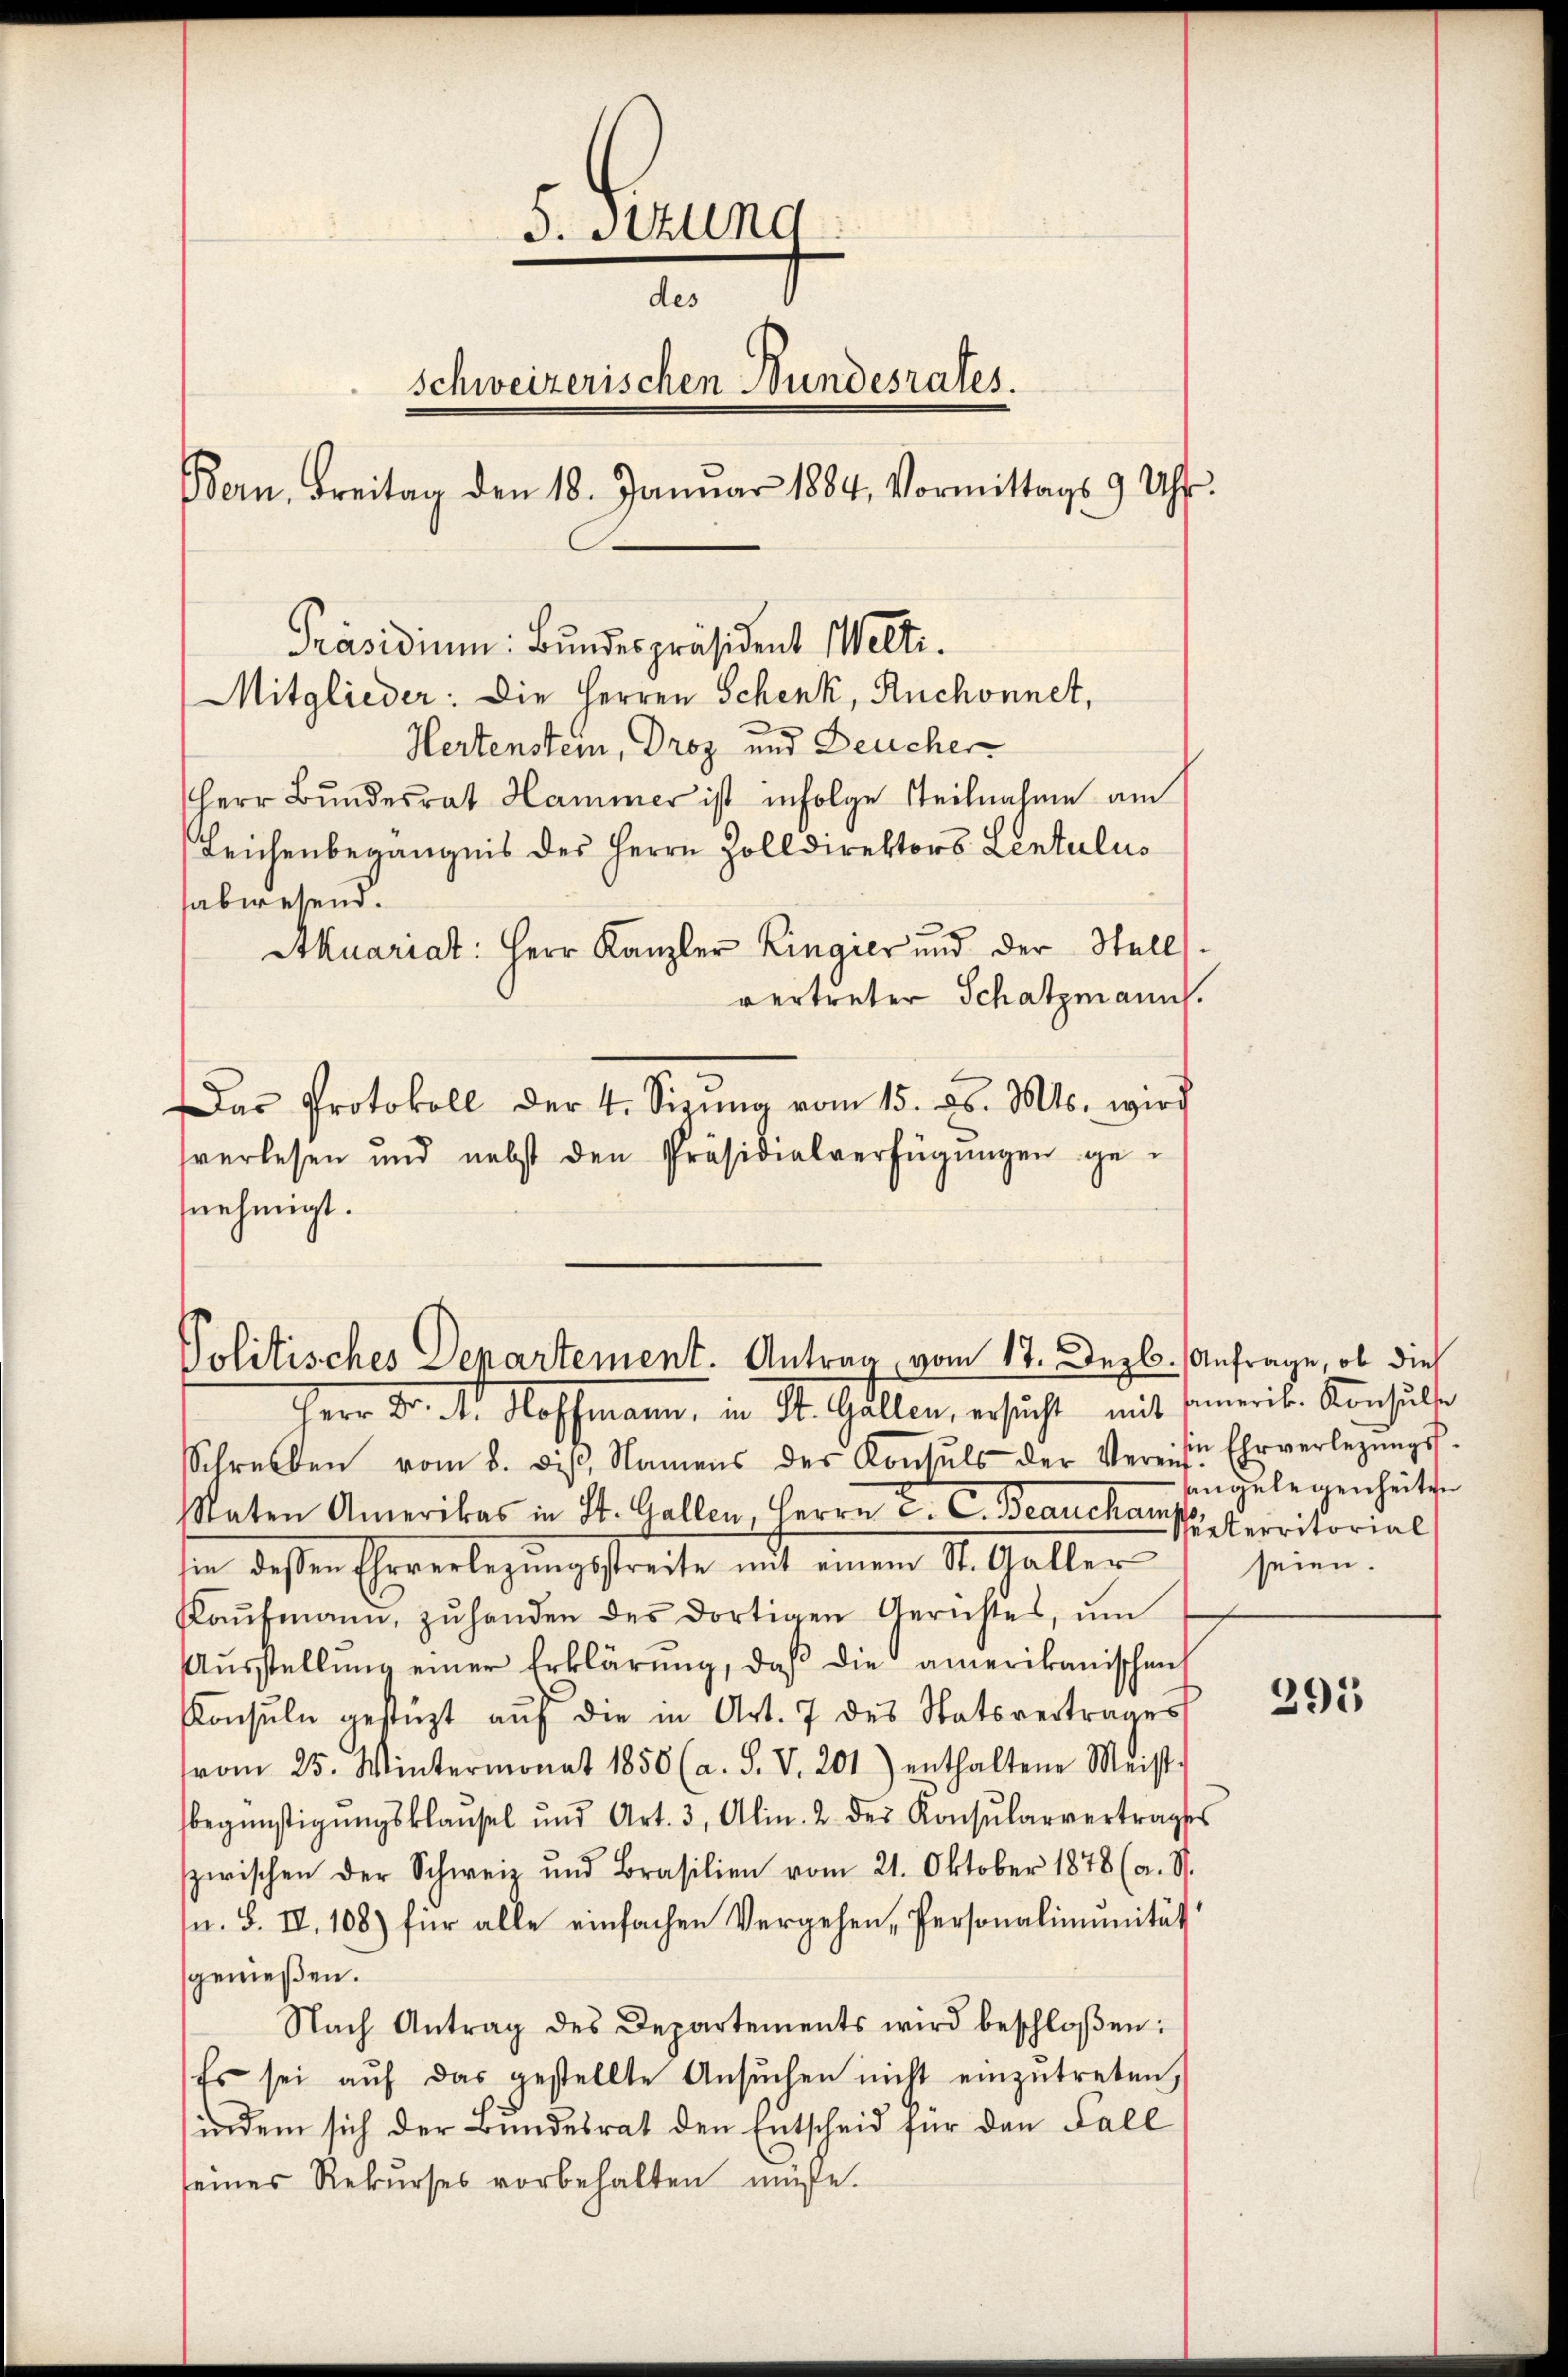
S. Stund
des
Schweizerischen Bundesrates.
Bern. Freitag den 18. Januar 1884, Vormittags 9 Uhr.
Präsidium: Bundespräsident Welti.
Mitglieder: Die Herren Schenk, Ruchonnet,
Hertenstein, Droz und Deucher
Herr Bundesrat Hammer ist infolge Teilnahme am
Leichenbegängnis des Herrn Zolldirektors Lentulus
sabwesend.
Akuariat: Herr Kanzler Lingier und der Stell
vertreter Schatzmann.
Das Protokoll der 4. Sizŭng vom 15. d. Mts. wird
verlesen und nebst den Präsidialverfügŭngen ge¬

nehmigt.

Politisches Departement. Antrag vom 17. Dezb.

Herr Dr. Dr. Hoffmann, in St. Gallen, ersucht, mit seinerib. Aushalte
Schreiben vom 8. diβ, Namens des Konsuls der Vereise Ehrverlegŭngs-
Raten Amerikas in St. Gallen, Herrn P. C. Beauckar sei erritorial
sen dessen Eheverlegungstreite mit einen St. Galler
Kaŭfmann, zŭ handen des dortigen Gerichtes, ŭm
Aŭsstellŭng einer Erklärung, daß die amerikanischen
Konsŭln gestüzt aŭf die in Art. 7 des Statsvertrages
vom 25. Wintermonat 1850 (a. S. V. 201.) enthaltene Meist.
begünstigŭngsklaŭsel und Art. 3, Alin. 2. der Konsŭlarvertragses
zwischen der Schweiz und Brasilien vom 21. Oktober 1878 (a. St.
s. S. IV. 108) für alle einfachen Vergehen, Personalimunität
genießen.
Nach Antrag des Departements wird beschloßen:
Es sei aŭf das gestellte Ansŭchen nicht einzŭtreten,
indem sich der Bundesrat den Entscheid für den Fall
seines Rekŭrses vorbehalten müsse.

Anfrage, ob die
sangelegenheiten
seien.

295